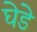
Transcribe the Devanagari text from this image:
घेडे